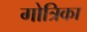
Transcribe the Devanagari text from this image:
गोत्रिका